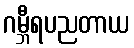
ဂမ္ဘီရပညတာယ